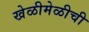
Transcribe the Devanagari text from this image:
खेळीमेळीची